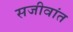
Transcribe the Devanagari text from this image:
सजीवांत